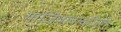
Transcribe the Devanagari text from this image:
गाजियाबादज़िले